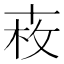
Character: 𠦩